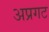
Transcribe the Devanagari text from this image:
अप्रगट